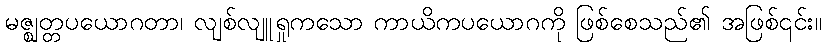
မဇ္ဈတ္တပယောဂတာ၊ လျစ်လျူရှုကသော ကာယိကပယောဂကို ဖြစ်စေသည်၏ အဖြစ်၎င်း။